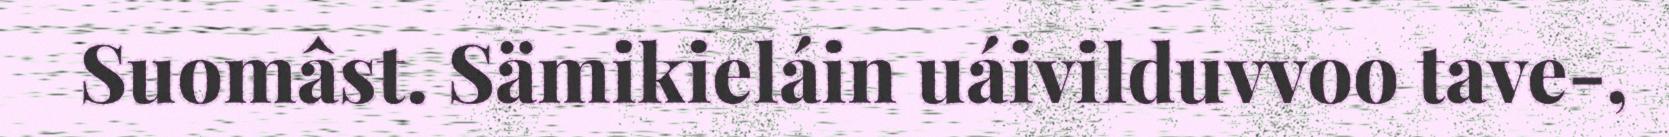
Suomâst. Sämikieláin uáivilduvvoo tave-,